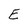
Character: E